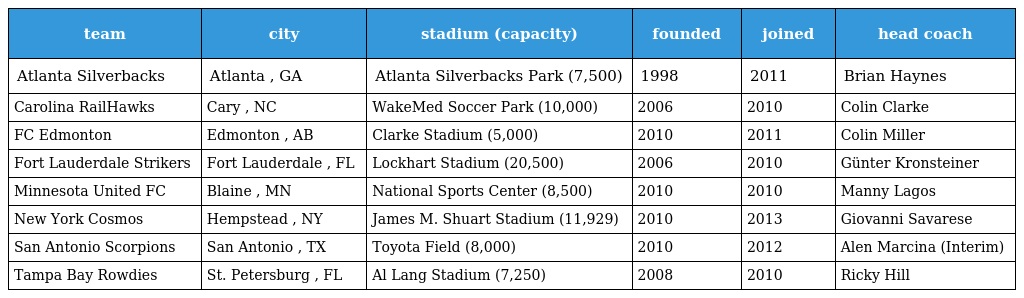
| team | city | stadium (capacity) | founded | joined | head coach |
 | --- | --- | --- | --- | --- | --- |
 | Atlanta Silverbacks | Atlanta , GA | Atlanta Silverbacks Park (7,500) | 1998 | 2011 | Brian Haynes |
 | Carolina RailHawks | Cary , NC | WakeMed Soccer Park (10,000) | 2006 | 2010 | Colin Clarke |
 | FC Edmonton | Edmonton , AB | Clarke Stadium (5,000) | 2010 | 2011 | Colin Miller |
 | Fort Lauderdale Strikers | Fort Lauderdale , FL | Lockhart Stadium (20,500) | 2006 | 2010 | Günter Kronsteiner |
 | Minnesota United FC | Blaine , MN | National Sports Center (8,500) | 2010 | 2010 | Manny Lagos |
 | New York Cosmos | Hempstead , NY | James M. Shuart Stadium (11,929) | 2010 | 2013 | Giovanni Savarese |
 | San Antonio Scorpions | San Antonio , TX | Toyota Field (8,000) | 2010 | 2012 | Alen Marcina (Interim) |
 | Tampa Bay Rowdies | St. Petersburg , FL | Al Lang Stadium (7,250) | 2008 | 2010 | Ricky Hill |